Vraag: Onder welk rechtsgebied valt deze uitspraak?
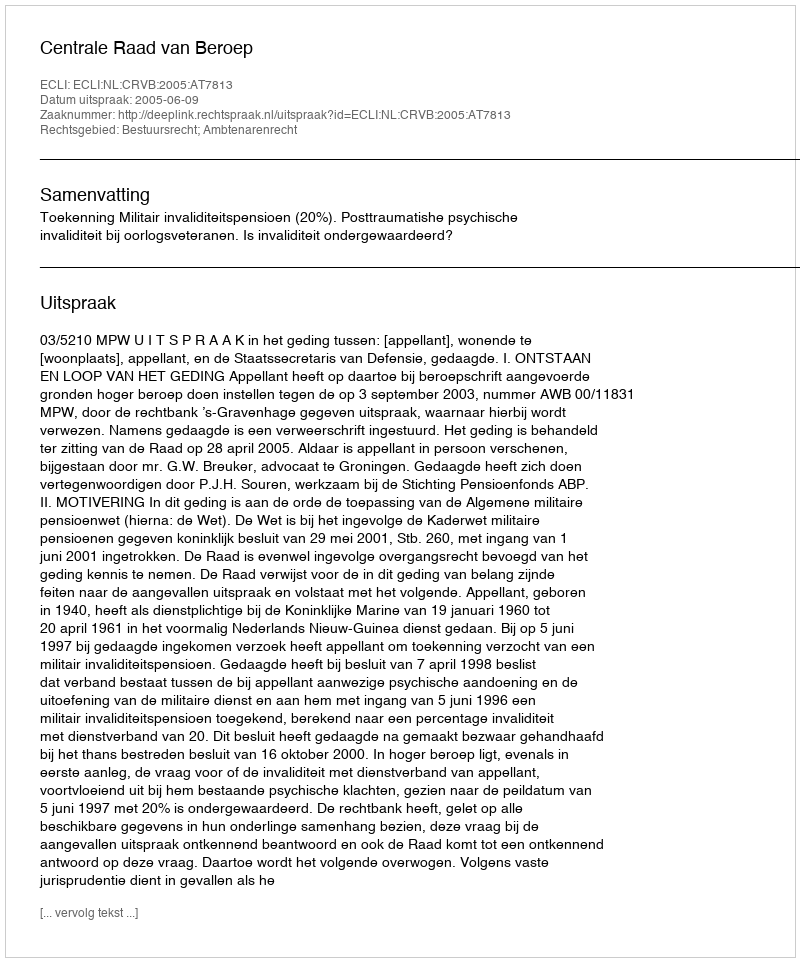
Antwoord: Bestuursrecht; Ambtenarenrecht